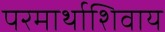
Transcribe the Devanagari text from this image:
परमार्थाशिवाय